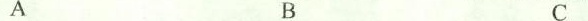
A B C